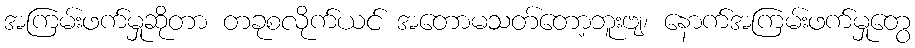
အကြမ်းဖက်မှုဆိုတာ တခုစလိုက်ယင် အတောမသတ်တော့ဘူးဗျ၊ နောက်အကြမ်းဖက်မှုတွေ